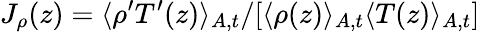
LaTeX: J_{\rho}(z)=\langle\rho^{\prime}T^{\prime}(z)\rangle_{A,t}/[\langle\rho(z)\rangle_{A,t}\langle T(z)\rangle_{A,t}]